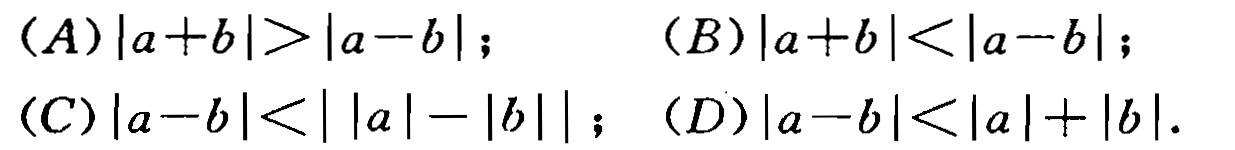
\((A)|a + b| > |a - b|;\quad (B)|a + b| < |a - b|;\)
\((C)|a - b| < ||a| - |b||;\quad (D)|a - b| < |a| + |b|.\)